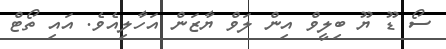
ސޯ ޑޫ ޔޫ ބިލީވް އިން ލަވް ޔާޒަން އަހާލިއެވެ. އައި ތޯޓް